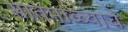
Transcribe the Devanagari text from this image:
सातमाळ्याचे